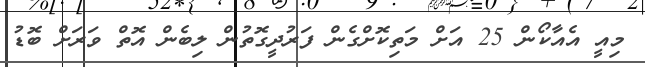
މިއީ އެއާކޯން 25 އަށް މަތިކޮށްގެން ފަރުދީގޮތުން ލިބެން އޮތް ވަރަށް ބޮޑު